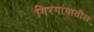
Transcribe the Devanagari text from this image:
गिरगांवातील